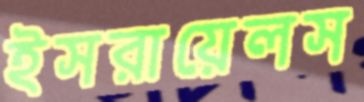
ইসরায়েলস